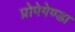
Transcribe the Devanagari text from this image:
प्रोपेगेण्डा